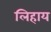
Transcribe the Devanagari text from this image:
लिहाय